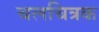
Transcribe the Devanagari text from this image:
चलचित्रक